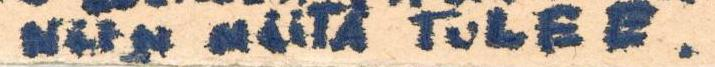
NiiN NiiTÄ TuLEE.